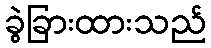
ခွဲခြားထားသည်